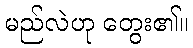
မည်လဲဟု တွေး၏။